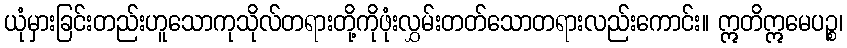
ယုံမှားခြင်းတည်းဟူသောကုသိုလ်တရားတို့ကိုဖုံးလွှမ်းတတ်သောတရားလည်းကောင်း။ ဣတိဣမေပဉ္စ၊